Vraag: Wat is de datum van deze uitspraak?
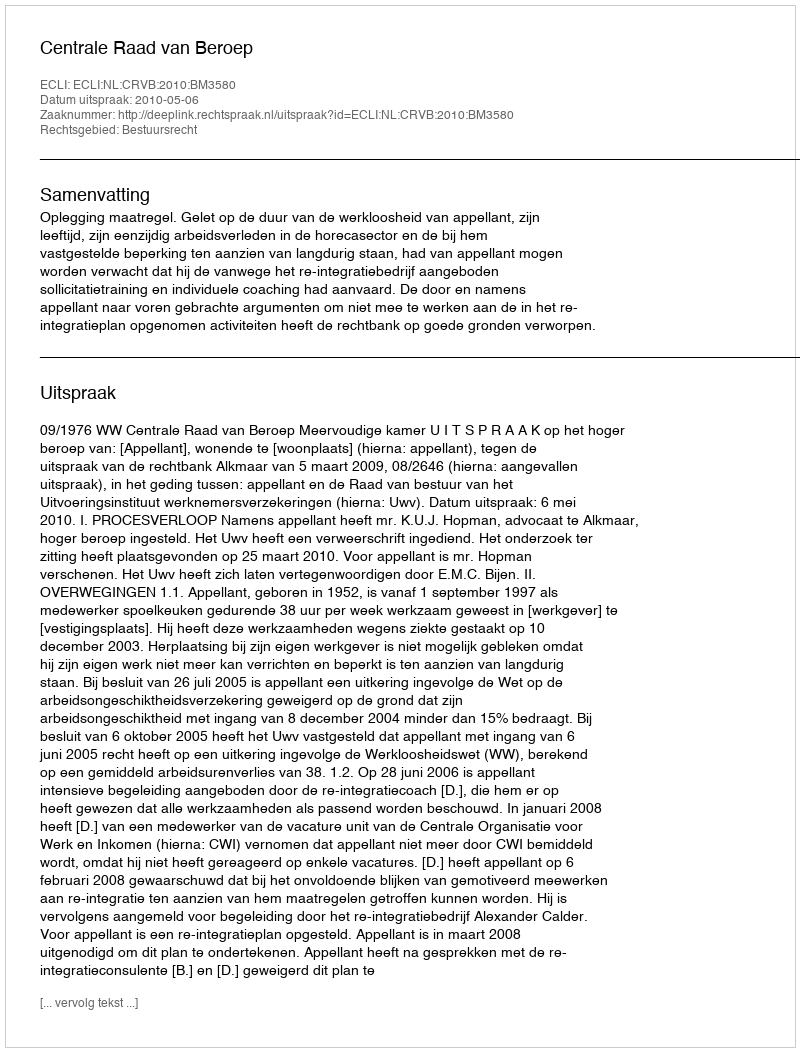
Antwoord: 2010-05-06